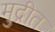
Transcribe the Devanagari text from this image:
मुद्रीत